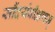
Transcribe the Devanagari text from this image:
सौंदर्यवीक्षणम्